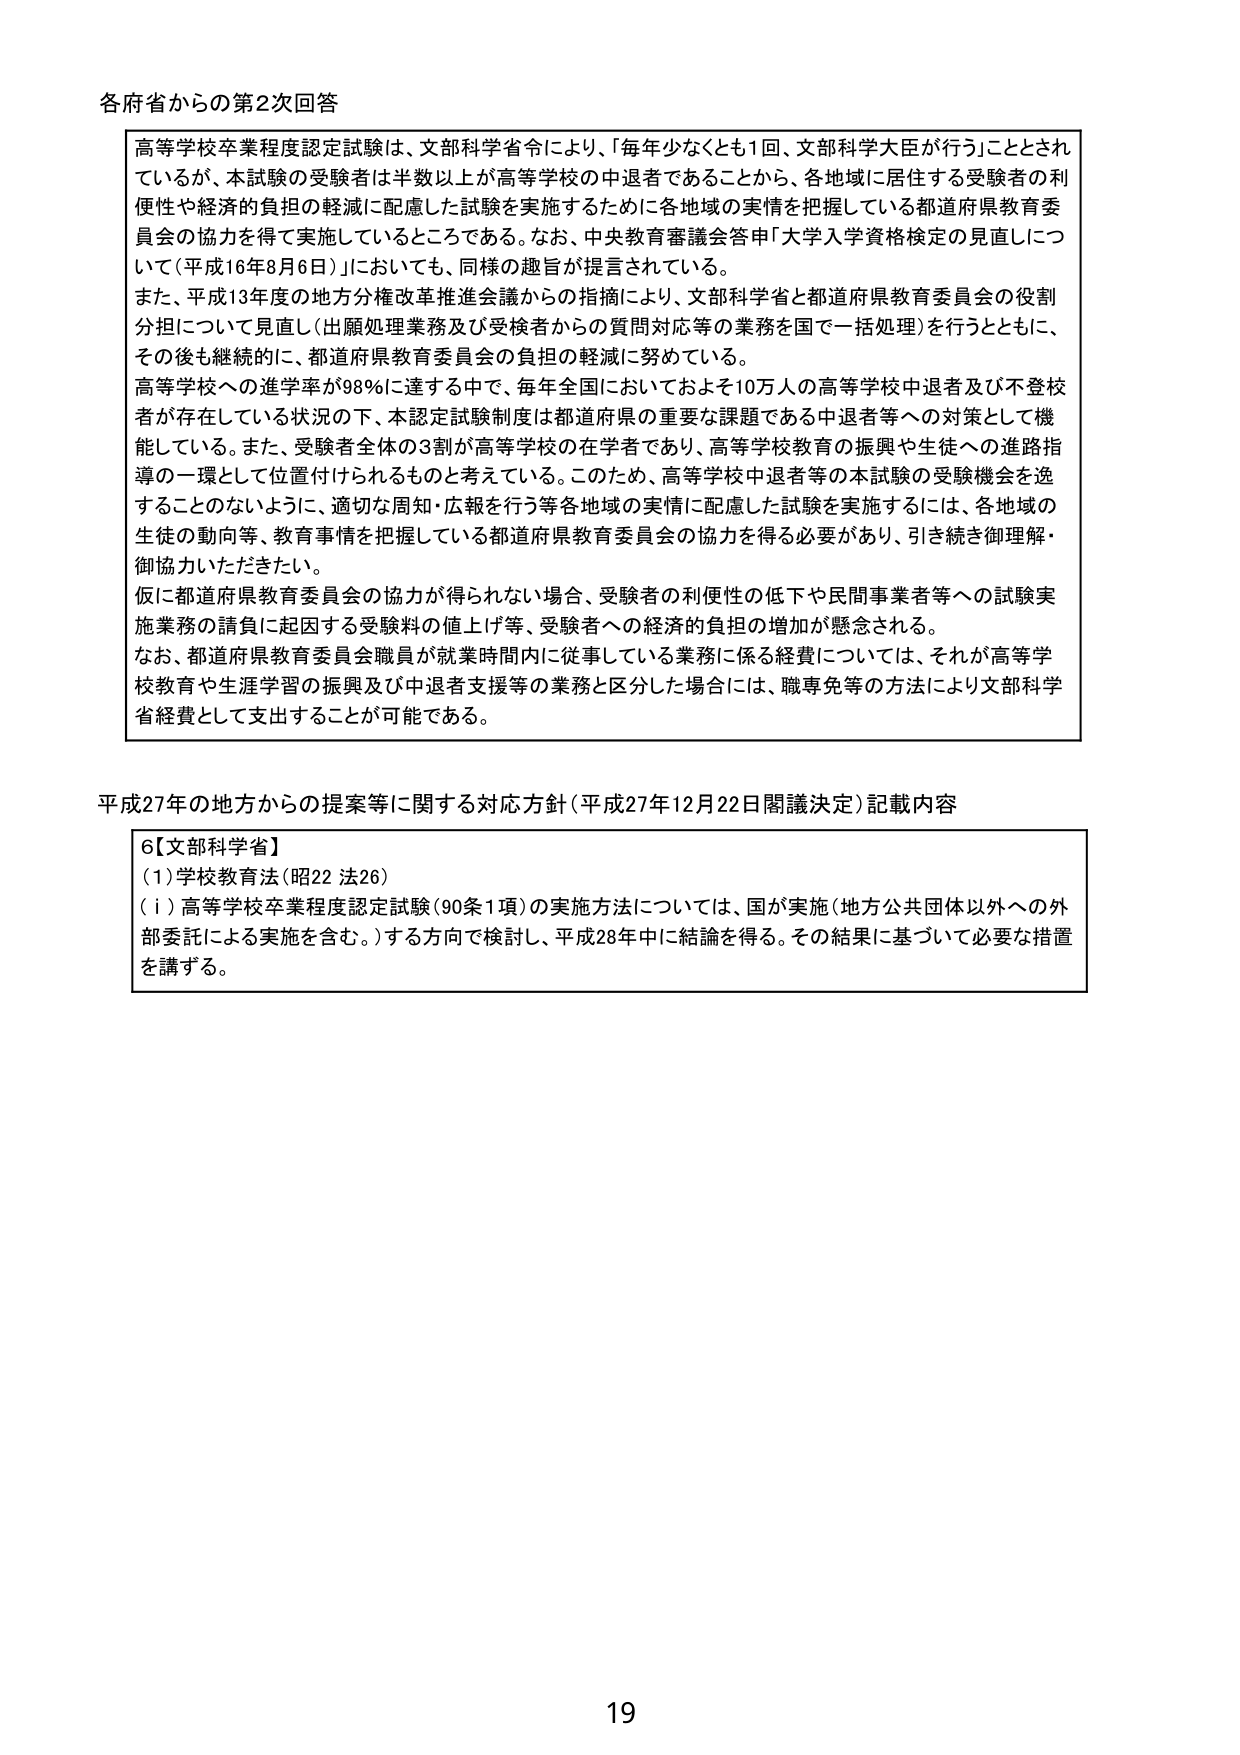
各府省からの第2次回答

高等学校卒業程度認定試験は、文部科学省令により、「毎年少なくとも1回、文部科学大臣が行う」こととされているが、本試験の受験者は半数以上が高等学校の中退者であることから、各地域に居住する受験者の利便性や経済的負担の軽減に配慮した試験を実施するために各地域の実情を把握している都道府県教育委員会の協力を得て実施しているところである。なお、中央教育審議会答申「大学入学資格検定の見直しについて（平成16年8月6日）」においても、同様の趣旨が提言されている。

また、平成13年度の地方分権改革推進会議からの指摘により、文部科学省と都道府県教育委員会の役割分担について見直し（出願処理業務及び受検者からの質問対応等の業務を国で一括処理）を行うとともに、その後も継続的に、都道府県教育委員会の負担の軽減に努めている。

高等学校への進学率が98％に達する中で、毎年全国においておよそ10万人の高等学校中退者及び不登校者が存在している状況の下、本認定試験制度は都道府県の重要な課題である中退者等への対策として機能している。また、受験者全体の3割が高等学校の在学者であり、高等学校教育の振興や生徒への進路指導の一環として位置付けられるものと考えている。このため、高等学校中退者等の本試験の受験機会を逸することのないように、適切な周知・広報を行う等各地域の実情に配慮した試験を実施するには、各地域の生徒の動向等、教育事情を把握している都道府県教育委員会の協力を得る必要があり、引き続き御理解・御協力いただきたい。

仮に都道府県教育委員会の協力が得られない場合、受験者の利便性の低下や民間事業者等への試験実施業務の請負に起因する受験料の値上げ等、受験者への経済的負担の増加が懸念される。

なお、都道府県教育委員会職員が就業時間内に従事している業務に係る経費については、それが高等学校教育や生涯学習の振興及び中退者支援等の業務と区分した場合には、職専免等の方法により文部科学省委託費として支出することが可能である。

平成27年の地方からの提案等に関する対応方針（平成27年12月22日閣議決定）記載内容

6【文部科学省】
（1）学校教育法（昭22 法26）
（ⅰ）高等学校卒業程度認定試験（90条1項）の実施方法については、国が実施（地方公共団体以外への外部委託による実施を含む。）する方向で検討し、平成28年中に結論を得る。その結果に基づいて必要な措置を講ずる。

19